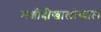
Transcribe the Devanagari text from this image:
मशीदीखालोखाल